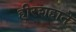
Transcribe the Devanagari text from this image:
हीरशहाने